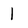
Character: 1